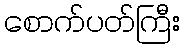
စောက်ပတ်ကြီး